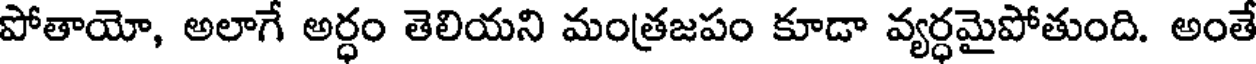
పోతాయో, అలాగే అర్ధం తెలియని మంత్రజపం కూడా వ్యర్ధమైపోతుంది. అంతే